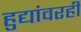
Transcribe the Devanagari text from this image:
हुद्यांवरही